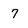
Character: 7